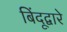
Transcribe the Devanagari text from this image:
बिंदूद्वारे